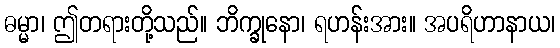
ဓမ္မာ၊ ဤတရားတို့သည်။ ဘိက္ခုနော၊ ရဟန်းအား။ အပရိဟာနာယ၊